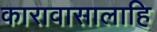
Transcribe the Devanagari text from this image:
कारावासालाहि